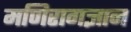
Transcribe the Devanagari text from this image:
मणिरागज्ञान